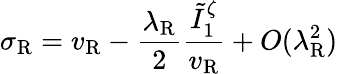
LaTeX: \sigma_{\mathrm{R}}=v_{\mathrm{R}}-\frac{\lambda_{\mathrm{R}}}{2}\frac{\tilde{I}_{1}^{\zeta}}{v_{\mathrm{R}}}+O(\lambda_{\mathrm{R}}^{2})